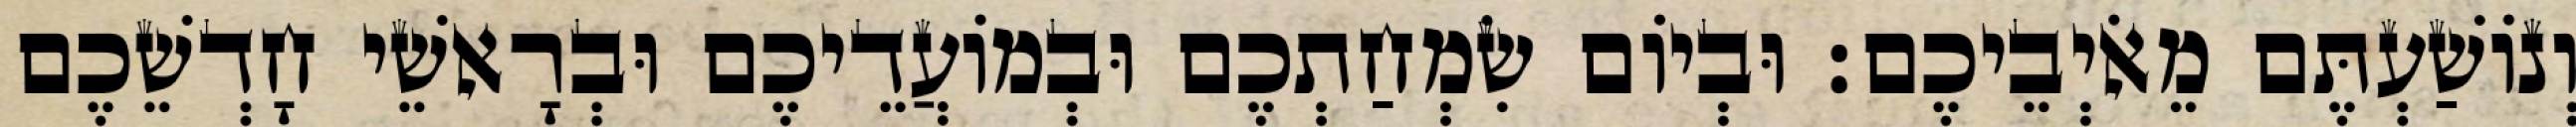
וְנוֹשַׁעְתֶּם מֵאֹיְבֵיכֶם׃ וּבְיוֹם שִׂמְחַתְכֶם וּבְמוֹעֲדֵיכֶם וּבְרָאשֵׁי חָדְשֵׁכֶם